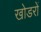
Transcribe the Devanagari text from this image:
खोडरों